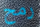
رمح